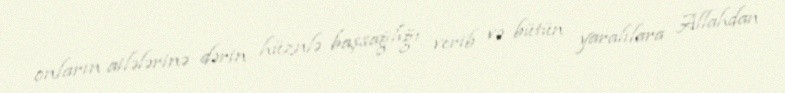
onların ailələrinə dərin hüznlə başsağlığı verib və bütün yaralılara Allahdan